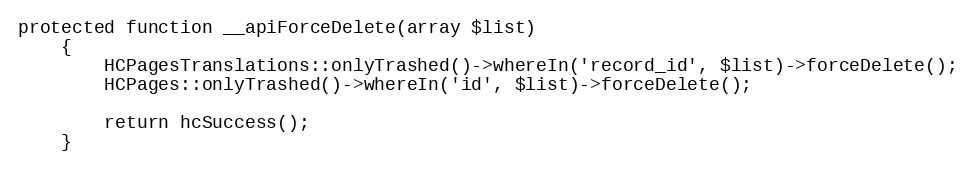
Language: PHP
protected function __apiForceDelete(array $list)
    {
        HCPagesTranslations::onlyTrashed()->whereIn('record_id', $list)->forceDelete();
        HCPages::onlyTrashed()->whereIn('id', $list)->forceDelete();

        return hcSuccess();
    }